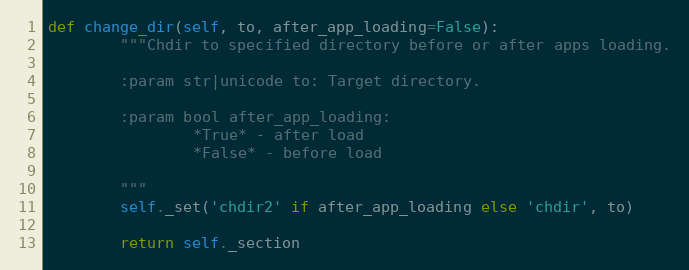
Language: Python
def change_dir(self, to, after_app_loading=False):
        """Chdir to specified directory before or after apps loading.

        :param str|unicode to: Target directory.

        :param bool after_app_loading:
                *True* - after load
                *False* - before load

        """
        self._set('chdir2' if after_app_loading else 'chdir', to)

        return self._section